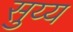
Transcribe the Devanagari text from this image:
सुय्य